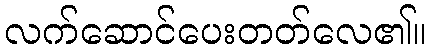
လက်ဆောင်ပေးတတ်လေ၏။